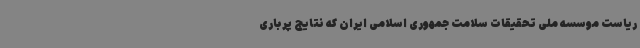
ریاست موسسه ملی تحقیقات سلامت جمهوری اسلامی ایران که نتایج پرباری